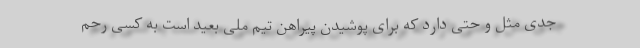
جدی مثل و حتی دارد که برای پوشیدن پیراهن تیم ملی بعید است به کسی رحم